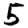
Digit: 5